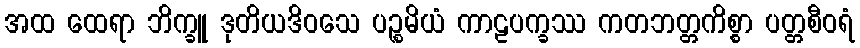
အထ ထေရာ ဘိက္ခူ ဒုတိယဒိဝသေ ပဉ္စမိယံ ကာဠပက္ခဿ ကတဘတ္တကိစ္စာ ပတ္တစီဝရံ